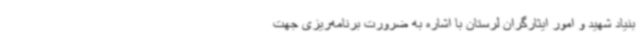
بنیاد شهید و امور ایثارگران لرستان با اشاره به ضرورت برنامه‌ریزی جهت